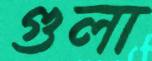
গুলা